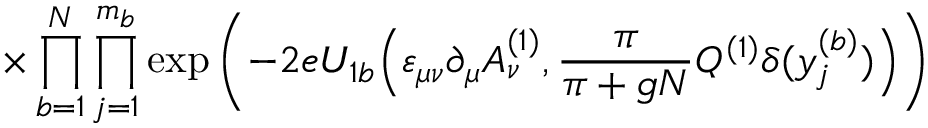
\times \prod _ { b = 1 } ^ { N } \prod _ { j = 1 } ^ { m _ { b } } \exp \left( - 2 e U _ { 1 b } \Big ( \varepsilon _ { \mu \nu } \partial _ { \mu } A _ { \nu } ^ { ( 1 ) } , \frac { \pi } { \pi + g N } Q ^ { ( 1 ) } \delta ( y _ { j } ^ { ( b ) } ) \Big ) \right)